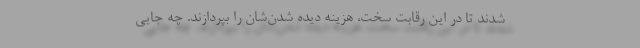
شدند تا در این رقابت سخت، هزینه دیده شدن‌شان را بپردازند. چه جایی